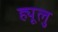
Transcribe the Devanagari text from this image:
ह्यूलु